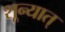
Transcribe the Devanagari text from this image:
शून्यात्